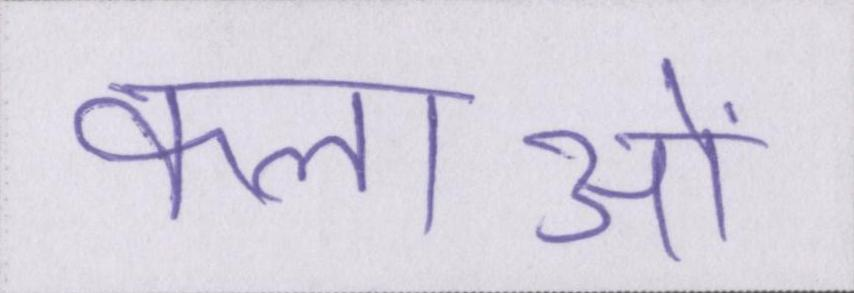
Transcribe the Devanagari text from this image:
कलाओं